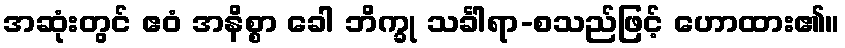
အဆုံးတွင် ဧဝံ အနိစ္စာ ခေါ ဘိက္ခု သင်္ခါရာ-စသည်ဖြင့် ဟောထား၏။